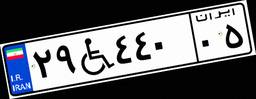
۷۲W۹۵۹۵۸